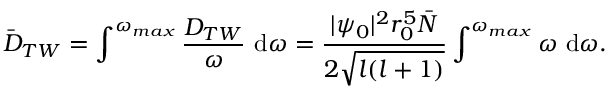
\bar { D } _ { T W } = \int ^ { \omega _ { m a x } } \frac { D _ { T W } } { \omega } ~ \mathrm { d } \omega = \frac { | \psi _ { 0 } | ^ { 2 } r _ { 0 } ^ { 5 } \bar { N } } { 2 \sqrt { l ( l + 1 ) } } \int ^ { \omega _ { m a x } } \omega ~ \mathrm { d } \omega .